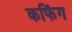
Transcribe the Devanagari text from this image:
कफिंग